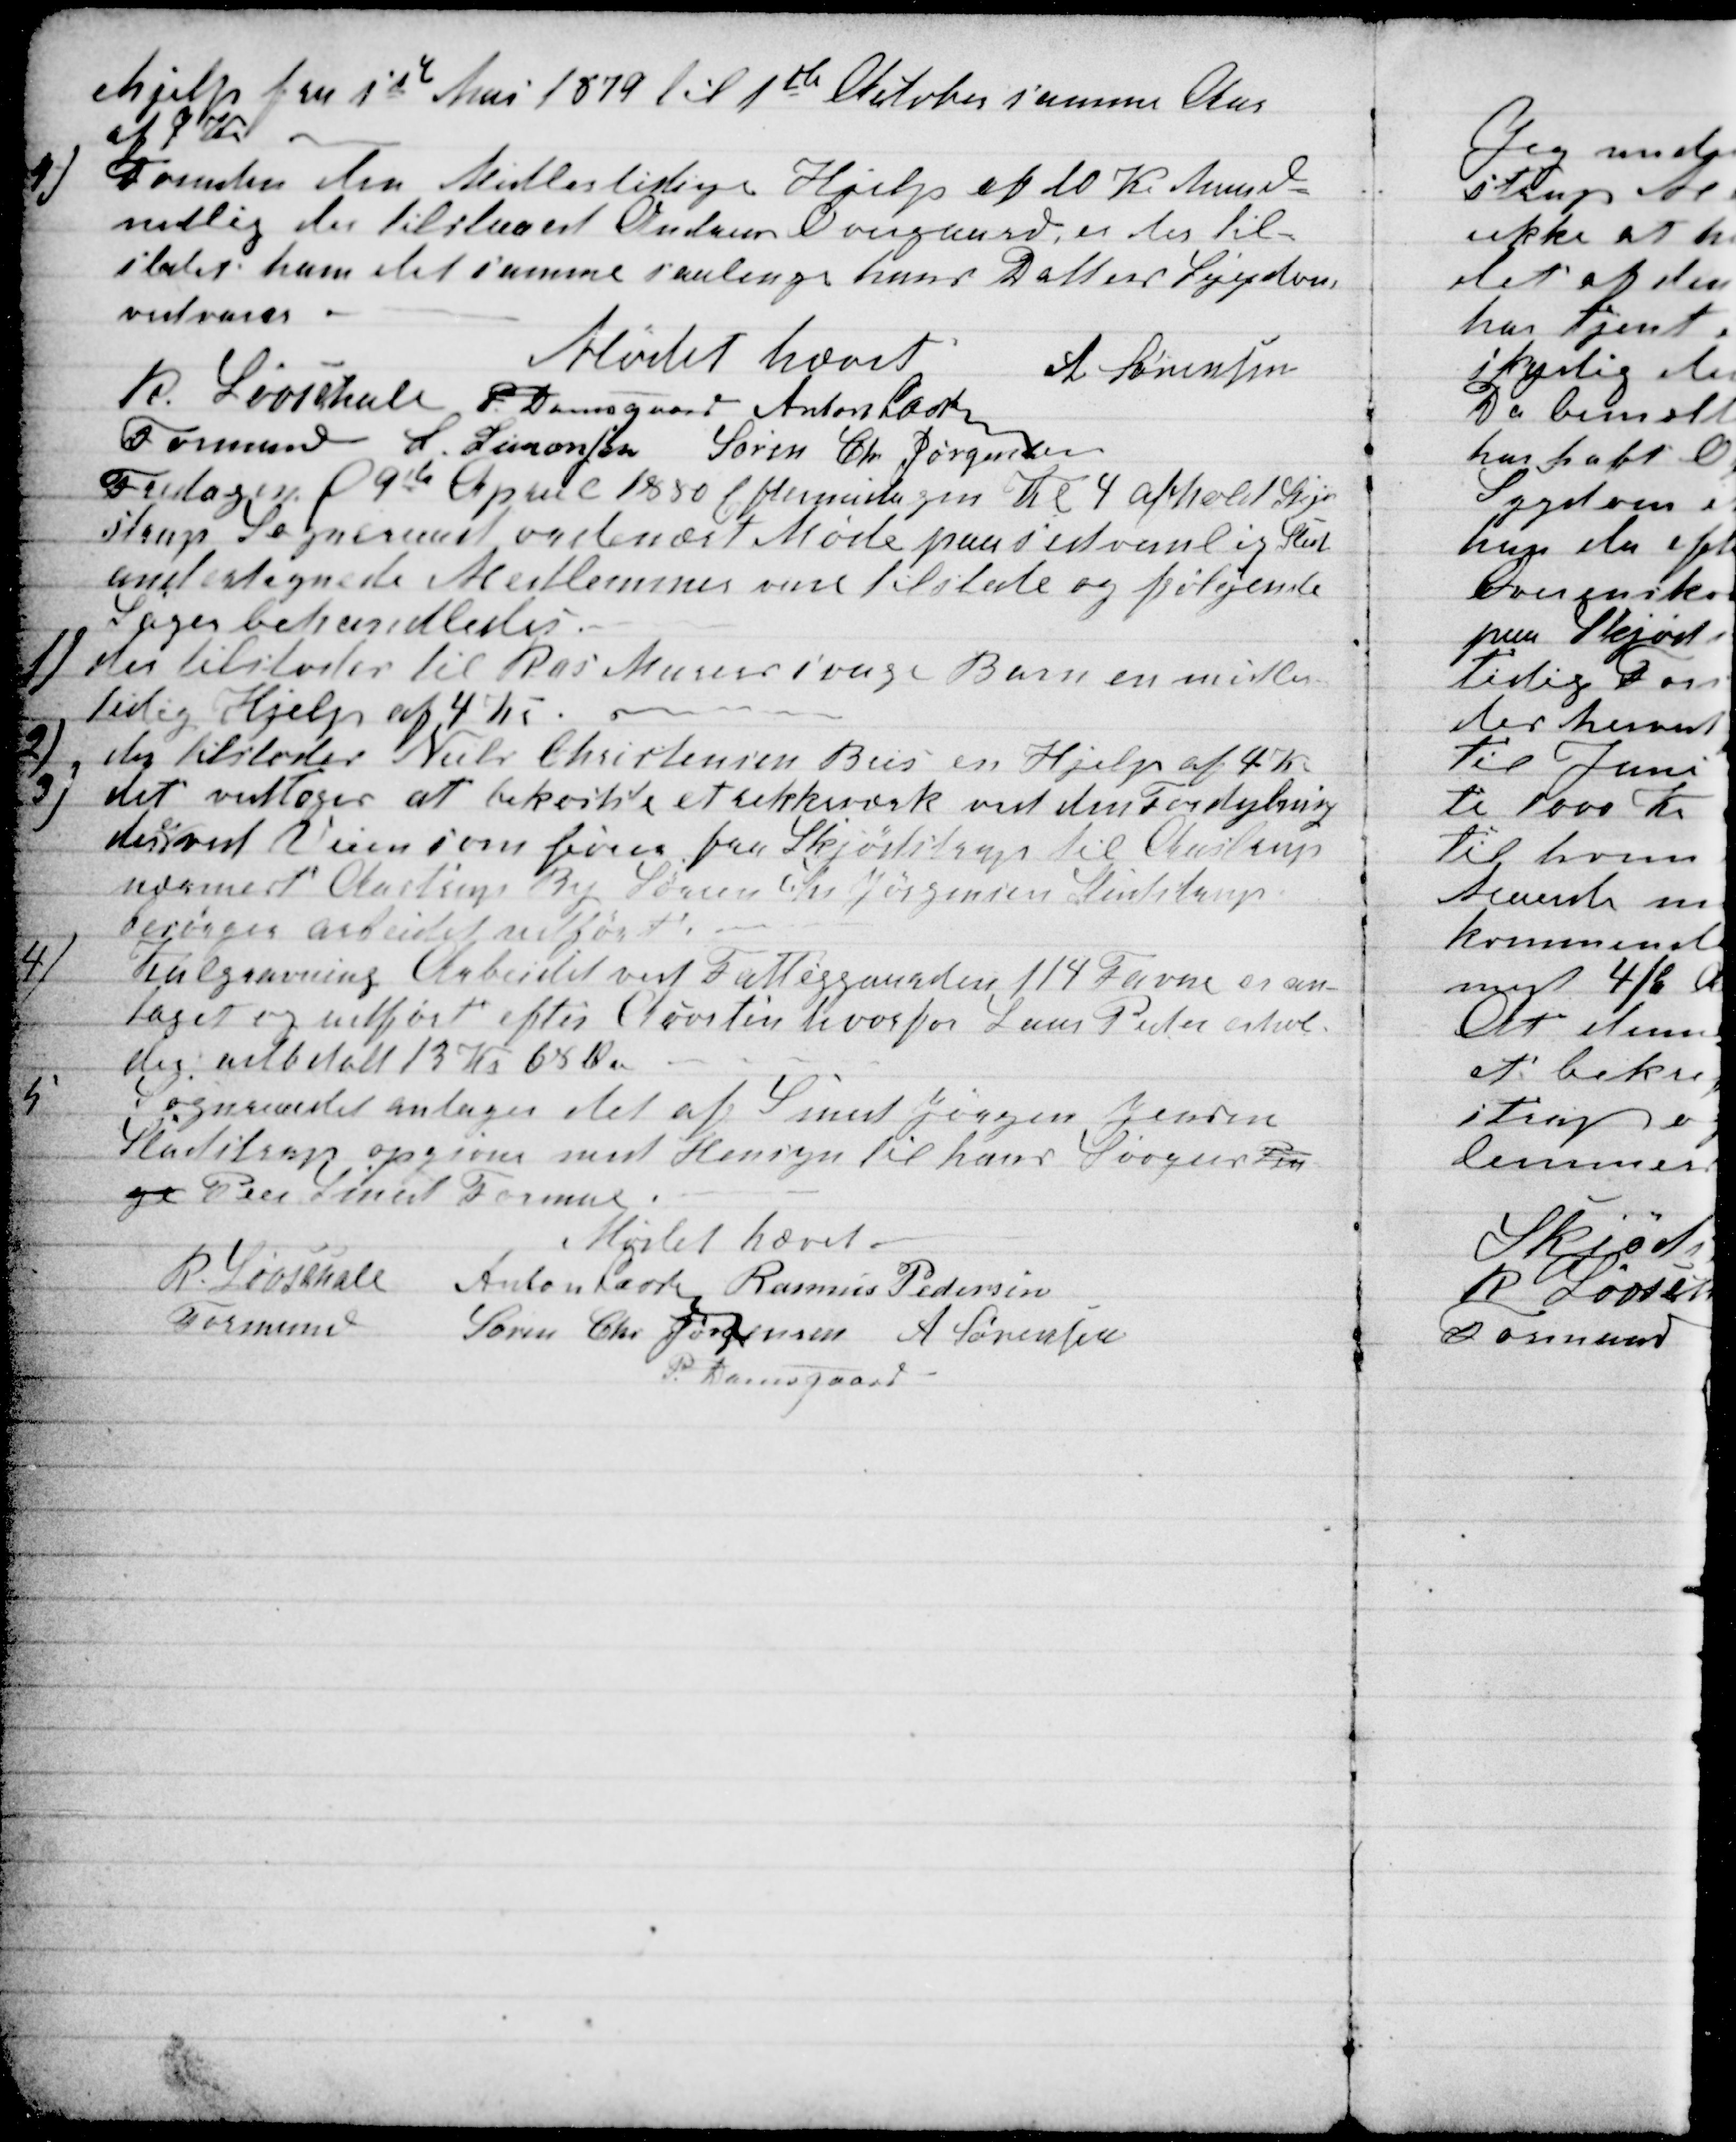
Transskription:
hjelp fra 1ste Mai 1879 til 1ste Oktober samme Aar
af 7 Kr
4)
Foruden den Midlertidige Hjelp af 10 Kr Maaned-
nedlig der tilstaaet Andreas Overgaard, er der til-
stalet ham det samme saalenge hans Datters Sygdom
vedvarer.
Mødet hævet
A Sørensen
R. Løvschall 
Formand 
P. Damsgaard Anton Laursen
S. Simonsen Søren Chr Jørgensen
Fredagen d 9de April 1880 Eftermidagen Kl 4 afhold Skjød-
strup Sogneraad ordinært Møde paa sedvanlig Sted
undertegnede Medlemmer vare tilstede og følgende
Sager behandledes.
1) der tilstodes til Ras Murers svage Barn en midler-
tidig Hjelp af 4 Kr.
2)
der tilstodes Niels Christensen Beir en Hjelp af 4 Kr
3)
det vedtoges at bekoste et rekkeverk ved den Fordybning
der
er
ved Veien som fører fra Skjødstrup til Aastrup
nærmest Aastrup By Søren Chr Jørgensen Studstrup
besørger arbeidet udført
4)
Kulgravning Arbeidet ved Fattiggaarden 114 Favne er an-
taget og udført efter Acorten hvorfor Laus Peder erhol-
der udbetalt 13 Kr 65 Øre
5
Sogneraadet antager det af Smed Jørgen Jensen
Studstrup opgivne med Hensyn til hans Svoger Pen
ge Peer Smed Formue.
Mødet hævet.
R. Løvschall
Formand
Anton Laursen Rasmus Pedersen
Søren Chr Jørgensen A Sørensen
P. Damsgaard